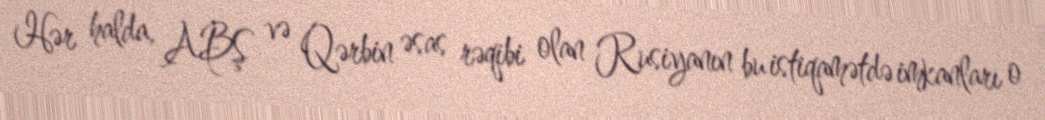
Hər halda, ABŞ və Qərbin əsas rəqibi olan Rusiyanın bu istiqamətdə imkanları o